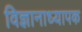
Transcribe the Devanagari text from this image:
विज्ञानाध्यापक